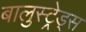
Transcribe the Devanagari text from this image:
बालुस्‍ट्रेड्स